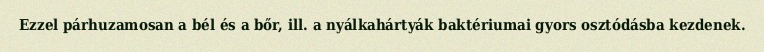
Ezzel párhuzamosan a bél és a bőr, ill. a nyálkahártyák baktériumai gyors osztódásba kezdenek.